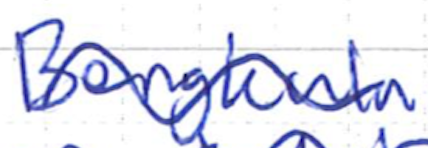
Text: Bengkulu
Cross-out: wave
Writing tool: ballpoint